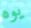
يوه